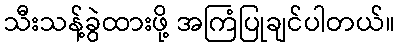
သီးသန့်ခွဲထားဖို့ အကြံပြုချင်ပါတယ်။